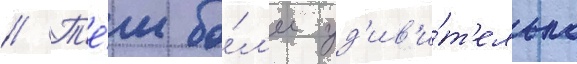
// Т'е́м бо́л'ее уд'ив'и́т'ельно